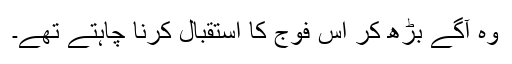
وہ آگے بڑھ کر اس فوج کا استقبال کرنا چاہتے تھے۔